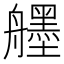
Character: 𦪷